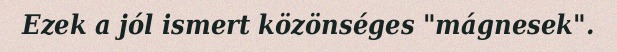
Ezek a jól ismert közönséges "mágnesek".